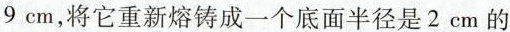
9cm，将它重新熔铸成一个底面半径是2cm的